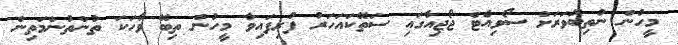
މީހުން ނުތިބޭވަރަށް ސޯވިއެޓް ޖޯޖިއާގައި ސަތޭކައަހަރު ފުރިފައިވާ މީހުން ތިބޭ ވާހަކަ ތުންތުންމަތިން